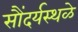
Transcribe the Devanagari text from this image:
सौंदर्यस्थळे